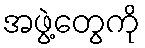
အဖွဲ့တွေကို